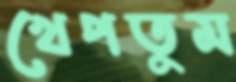
খেপতুম